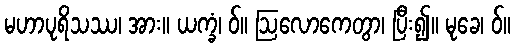
မဟာပုရိသဿ၊ အား။ ယက္ခံ၊ ဝ်။ ဩလောကေတွာ၊ ပြီး၍။ မုခေ၊ ဝ်။